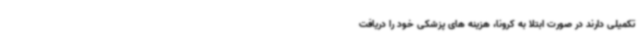
تکمیلی دارند در صورت ابتلا به کرونا، هزینه های پزشکی خود را دریافت